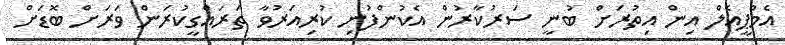
އެމްޕީއެލް އިން އިތުރަށް ބުނީ ސަރުކާރުން އެކުންފުނި ކުރިއަރުވާ ތަރައްގީކުރަން ވަރަށް ބޮޑަށް